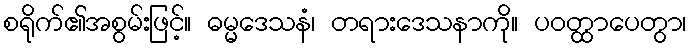
စရိုက်၏အစွမ်းဖြင့်။ ဓမ္မဒေသနံ၊ တရားဒေသနာကို။ ပဝတ္ထာပေတွာ၊